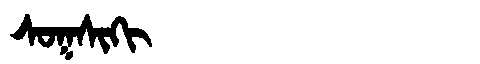
Manchu: ᠰᠣᡴᠰᡳᡴᡳ
Romanization: SOKSIKI